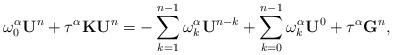
LaTeX: \begin{align*} \omega^\alpha_0\textbf{U}^n+\tau^\alpha\textbf{K}\textbf{U}^n=-\sum_{k=1}^{n-1}\omega^\alpha_k\textbf{U}^{n-k} +\sum_{k=0}^{n-1}\omega^\alpha_k\textbf{U}^0+\tau^\alpha\textbf{G}^n,\end{align*}